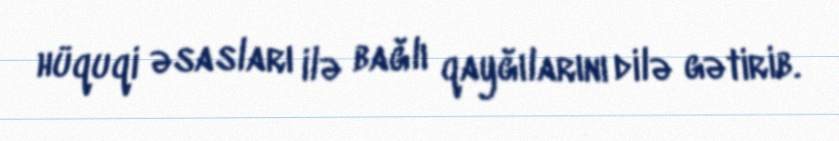
hüquqi əsasları ilə bağlı qayğılarını dilə gətirib.